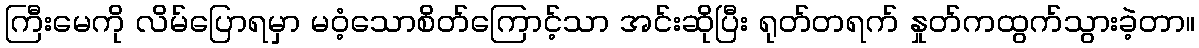
ကြီးမေကို လိမ်ပြောရမှာ မဝံ့သောစိတ်ကြောင့်သာ အင်းဆိုပြီး ရုတ်တရက် နှုတ်ကထွက်သွားခဲ့တာ။